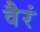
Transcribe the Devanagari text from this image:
वैरं